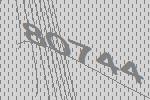
80744